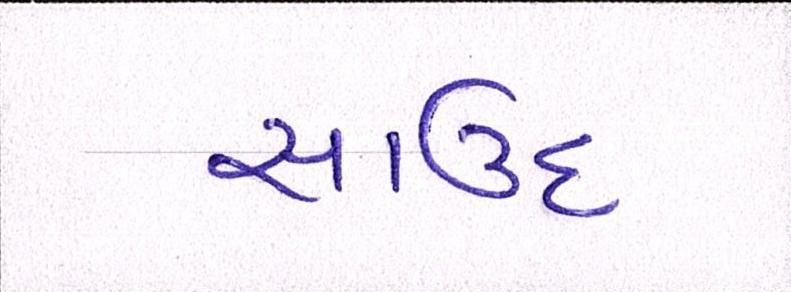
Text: સાઉદ